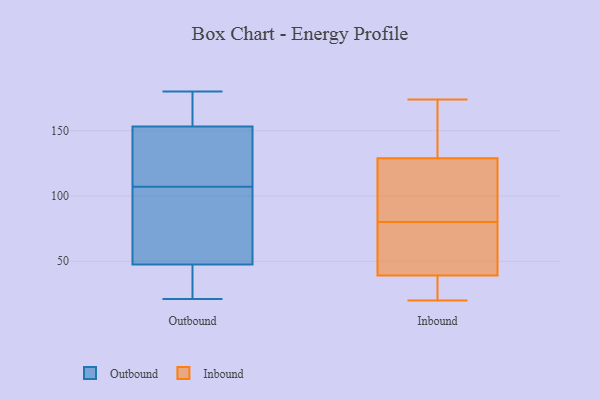
{"axis": {"x": "Operating Costs (USD K)", "y": "Value"}, "legend": ["Inbound", "Outbound"], "data": [{"x": "", "y": 162, "type": "Outbound"}, {"x": "", "y": 180, "type": "Outbound"}, {"x": "", "y": 67, "type": "Outbound"}, {"x": "", "y": 120, "type": "Outbound"}, {"x": "", "y": 160, "type": "Outbound"}, {"x": "", "y": 107, "type": "Outbound"}, {"x": "", "y": 21, "type": "Outbound"}, {"x": "", "y": 94, "type": "Outbound"}, {"x": "", "y": 50, "type": "Outbound"}, {"x": "", "y": 40, "type": "Outbound"}, {"x": "", "y": 35, "type": "Outbound"}, {"x": "", "y": 134, "type": "Outbound"}, {"x": "", "y": 151, "type": "Outbound"}, {"x": "", "y": 39, "type": "Inbound"}, {"x": "", "y": 39, "type": "Inbound"}, {"x": "", "y": 110, "type": "Inbound"}, {"x": "", "y": 77, "type": "Inbound"}, {"x": "", "y": 112, "type": "Inbound"}, {"x": "", "y": 174, "type": "Inbound"}, {"x": "", "y": 50, "type": "Inbound"}, {"x": "", "y": 20, "type": "Inbound"}, {"x": "", "y": 153, "type": "Inbound"}, {"x": "", "y": 85, "type": "Inbound"}, {"x": "", "y": 22, "type": "Inbound"}, {"x": "", "y": 146, "type": "Inbound"}, {"x": "", "y": 22, "type": "Inbound"}, {"x": "", "y": 83, "type": "Inbound"}, {"x": "", "y": 59, "type": "Inbound"}, {"x": "", "y": 157, "type": "Inbound"}]}